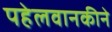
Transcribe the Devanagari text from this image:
पहेलवानकीने